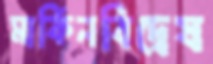
মার্কিনবিদ্বেষ